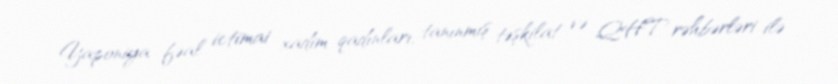
Yaponiya fəal ictimai xadim qadınları, tanınmış təşkilat və QHT rəhbərləri ilə